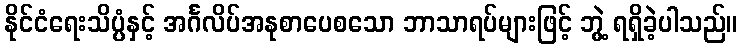
နိုင်ငံရေးသိပ္ပံနှင့် အင်္ဂလိပ်အနုစာပေစသော ဘာသာရပ်များဖြင့် ဘွဲ့ ရရှိခဲ့ပါသည်။